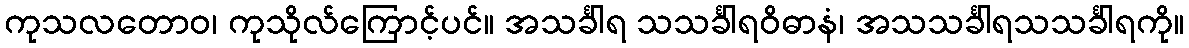
ကုသလတောဝ၊ ကုသိုလ်ကြောင့်ပင်။ အသင်္ခါရ သသင်္ခါရဝိဓာနံ၊ အသသင်္ခါရသသင်္ခါရကို။